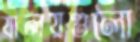
যালয়গুলো